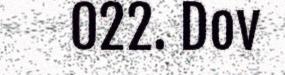
022. Dov